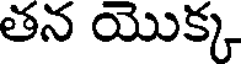
తన యొక్క